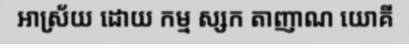
ឤស្រ័យ ដោយ កម្ម ស្សក តាញាណ យោគី